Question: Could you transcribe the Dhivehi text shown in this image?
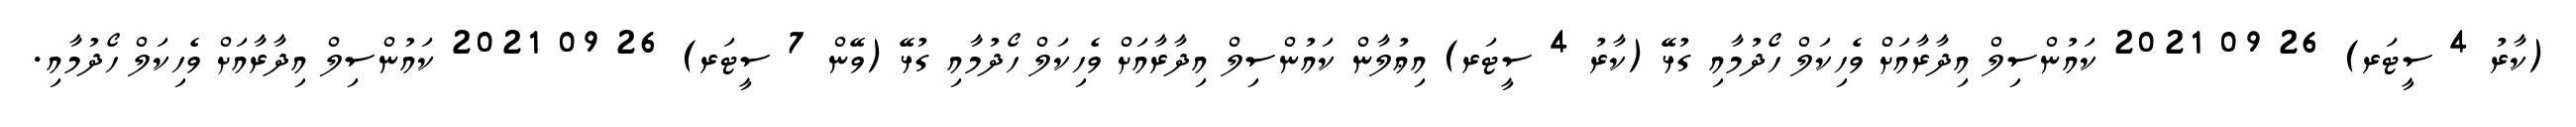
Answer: (ކާރު 4 ސީޓަރ) 26 09 2021 ކައުންސިލް އިދާރާއަށް ވެހިކަލް ހޯދުމާއި ގުޅޭ (ކާރު 4 ސީޓަރ) އިޢުލާން ކައުންސިލް އިދާރާއަށް ވެހިކަލް ހޯދުމާއި ގުޅޭ (ވޭން 7 ސީޓަރ) 26 09 2021 ކައުންސިލް އިދާރާއަށް ވެހިކަލް ހޯދުމާއި.